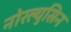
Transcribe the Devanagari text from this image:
नोरल्युसिन